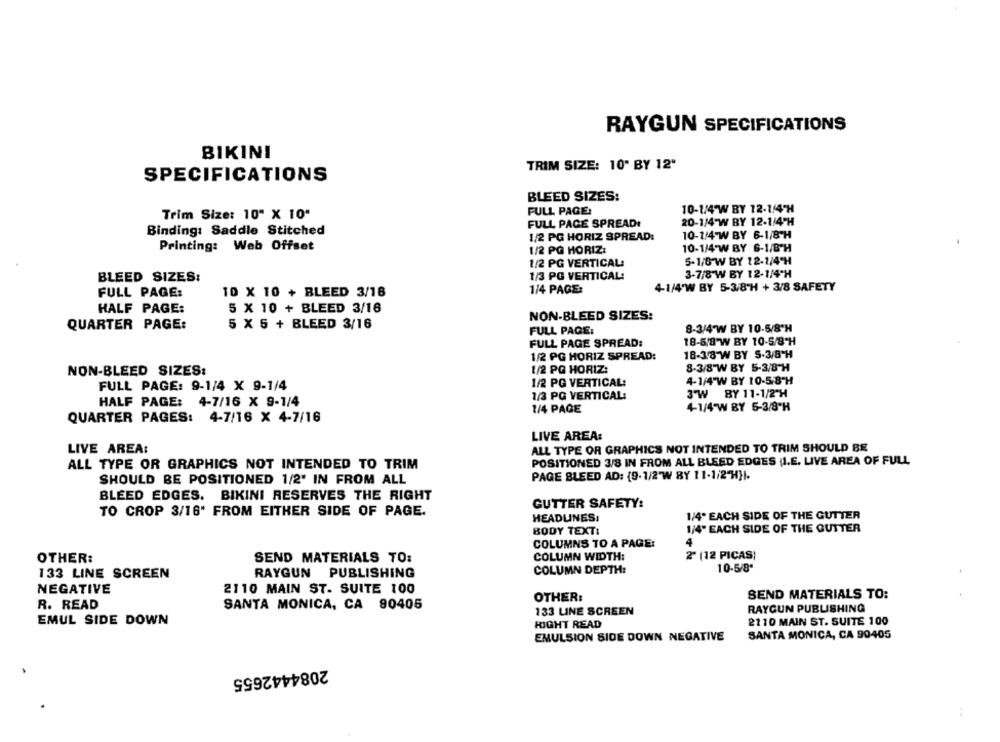
RAYGUN SPECIFICATIONS
BIKINI
TRIM SIZE: 10' BY 12"
SPECIFICATIONS
BLEED SIZES:
Trim Size: 10" X 10"
FULL PAGE:
10-1/4 W BY 12-1/4"H
FULL PAGE SPREAD:
20-1/4 W BY 12-1/4"H
Binding: Saddle Stitched
1/2 PG HORIZ SPREAD:
10-1/4 W BY 6-1/8'H
Printing:
Web Offset
1/2 PG HORIZ:
10-1/4'W BY 6-1/8'H
1/2 PG VERTICAL
5-1/6 W BY 12-1/4CH
3-7/8 W BY 12-1/4"H
BLEED SIZES:
1/3 PG VERTICAL:
1/4 PAGE:
4-1/4'W BY 5-3/8"H + 3/8 SAFETY
FULL PAGE:
10 X 10 + BLEED 3/18
HALF PAGE:
5 X 10 + BLEED 3/16
NON-BLEED SIZES:
QUARTER PAGE:
5 X 5 + BLEED 3/16
FULL PAGE:
8-3/4"W BY 10-5/8'H
18-5/8 W BY 10-5/8"H
FULL PAGE SPREAD:
1/2 PG HORIZ SPREAD:
18-38 W BY 5-3/8"H
NON-BLEED SIZES:
1/2 PQ HORIZ:
8-3/8"W BY 5-3/8"H
FULL PAGE: 9-1/4 X 9-1/4
1/2 PG VERTICAL:
4-1/4 W BY 10-58-H
3"W BY 11-1/2"H
1/3 PG VERTICAL:
HALF PAGE: 4-7/16 X 9-1/4
1/4 PAGE
4-1/4 W BY 5-3/8"H
QUARTER PAGES: 4-7/16 X 4-7/16
LIVE AREA:
LIVE AREA:
ALL TYPE OR GRAPHICS NOT INTENDED TO TRIM SHOULD BE
POSITIONED 3/8 IN FROM ALL BLEED EDGES (I.E. LIVE AREA OF FULL
ALL TYPE OR GRAPHICS NOT INTENDED TO TRIM
PAGE BLEED AD: {9-1/2"W BY 11-1/2"HH.
SHOULD BE POSITIONED 1/2' IN FROM ALL
BLEED EDGES. BIKINI RESERVES THE RIGHT
GUTTER SAFETY:
TO CROP 3/16" FROM EITHER SIDE OF PAGE.
HEADLINES,
1/4. EACH SIDE OF THE GUTTER
BODY TEXT:
1/4" EACH SIDE OF THE GUTTER
COLUMNS TO A PAGE:
4
COLUMN WIDTH:
2" (12 PICAS)
OTHER:
SEND MATERIALS TO:
COLUMN DEPTH:
10-5/8"
133 LINE SCREEN
RAYGUN PUBLISHING
NEGATIVE
2110 MAIN ST. SUITE 100
OTHER:
SEND MATERIALS TO:
R. READ
SANTA MONICA, CA 90405
RAYGUN PUBLISHING
133 LINE SCREEN
EMUL SIDE DOWN
RIGHT READ
2110 MAIN ST. SUITE 100
EMULSION SIDE DOWN NEGATIVE
SANTA MONICA, CA 90405
2084442655